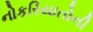
નોકરિયાતોની